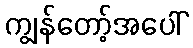
ကျွန်တော့်အပေါ်